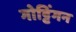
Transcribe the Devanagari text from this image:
गोट्टिंगन